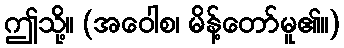
ဤသို့။ (အဝေါစ၊ မိန့်တော်မူ၏။)